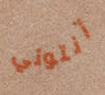
أنتوني